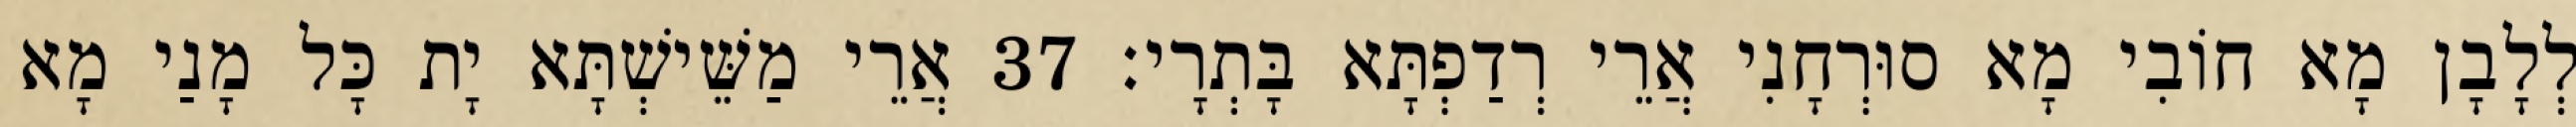
לְלָבָן מָא חוֹבִי מָא סוּרְחָנִי אֲרֵי רְדַפְתָּא בָּתְרָי׃ 37 אֲרֵי מַשֵּׁישְׁתָּא יָת כָּל מָנַי מָא